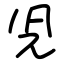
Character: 児